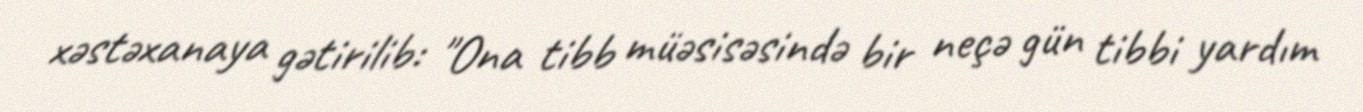
xəstəxanaya gətirilib: "Ona tibb müəsisəsində bir neçə gün tibbi yardım